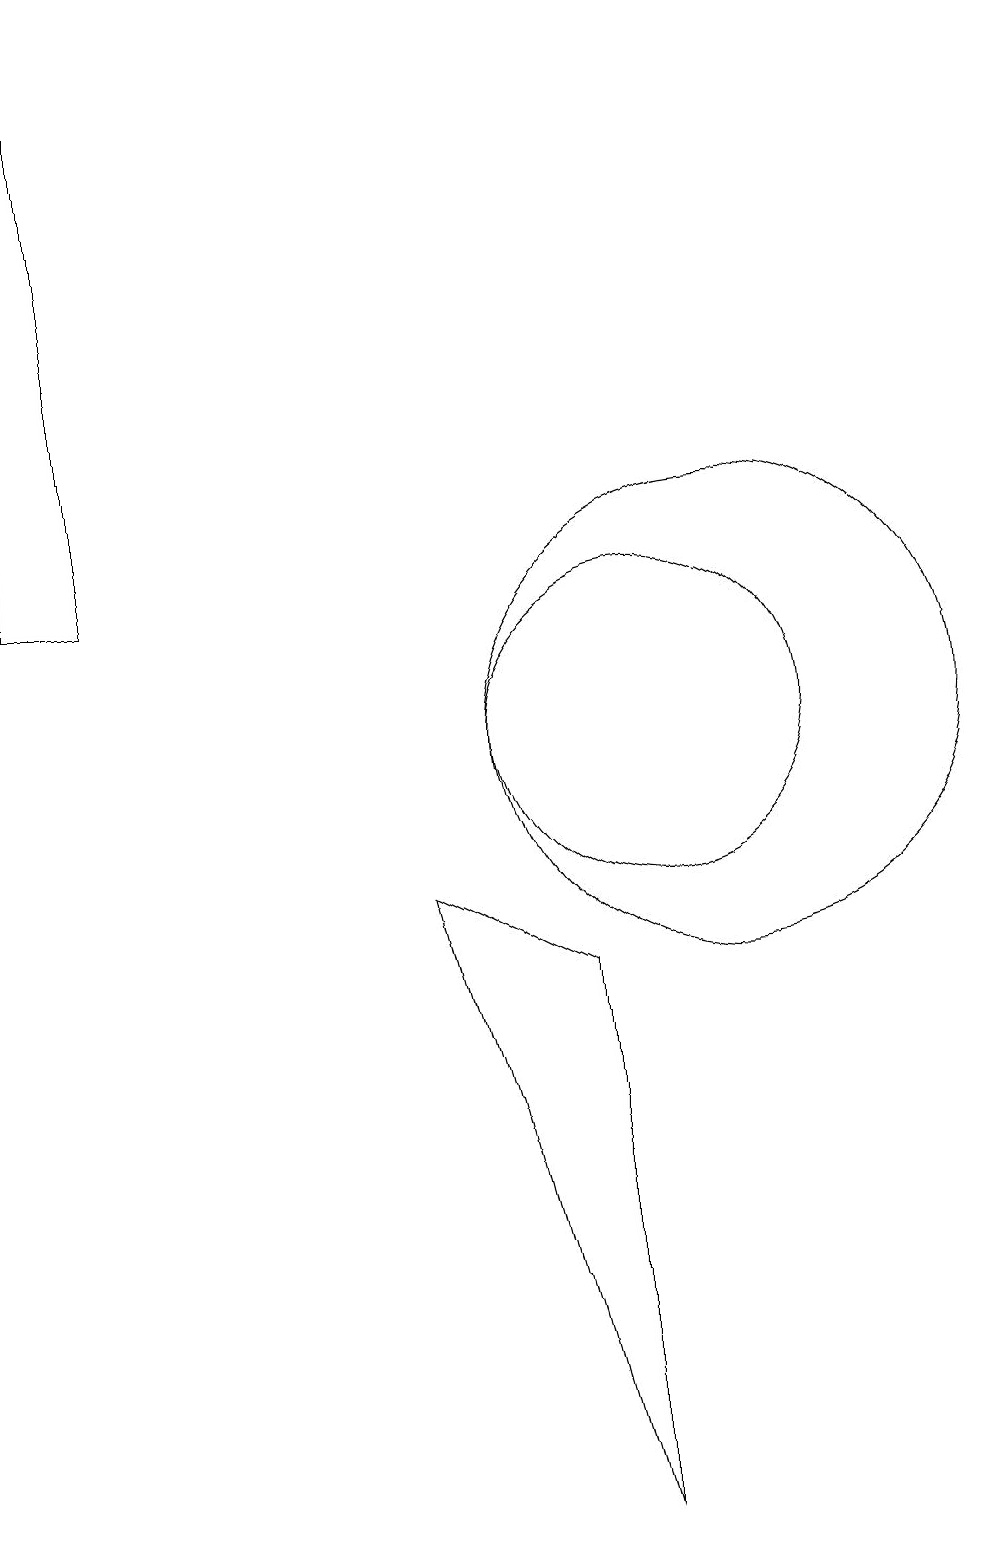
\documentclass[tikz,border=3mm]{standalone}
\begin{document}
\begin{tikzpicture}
\draw (3,12) rectangle (2,19);
\draw (11,10) circle (3);
\draw (10,10) circle (2);
\draw (9,0) -- (9,7) -- (7,8) -- cycle;
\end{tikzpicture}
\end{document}